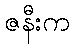
ဇနီးက